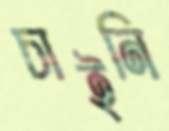
চাইনি